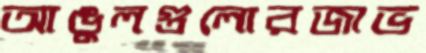
আঙুলগুলোরজাভ